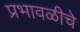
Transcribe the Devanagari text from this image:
प्रभावळीचे